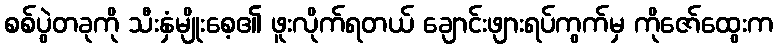
စစ်ပွဲတခုကို သီးနှံမျိုးစေ့၏ ဖူးလိုက်ရတယ် ချောင်းဖျားရပ်ကွက်မှ ကိုဇော်ထွေးက